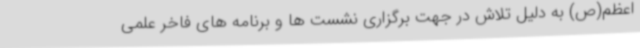
اعظم(ص) به دلیل تلاش در جهت برگزاری نشست ها و برنامه های فاخر علمی